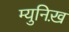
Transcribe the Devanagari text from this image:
म्युनिख़